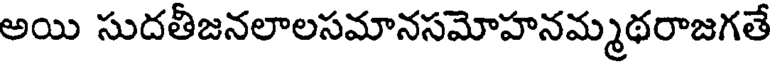
అయి సుదతీజనలాలసమానసమోహనమ్మథరాజగతే